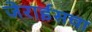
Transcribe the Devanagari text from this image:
जेराईसचा